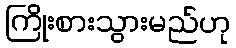
ကြိုးစားသွားမည်ဟု